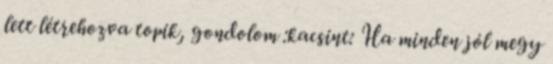
lett létrehozva topik, gondolom :kacsint: Ha minden jól megy